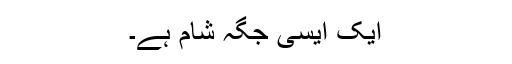
ایک ایسی جگہ شام ہے۔